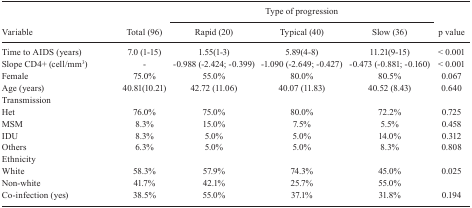
| <ROWSPAN=3> Variable | <ROWSPAN=3> Total (96) | <COLSPAN=3> Type of progression | <ROWSPAN=3> p value |
 | Rapid (20) | Typical (40) | Slow (36) |
 | --- | --- | --- | --- | --- | --- |
 | Time to AIDS (years) | 7.0 (1-15) | 1.55(1-3) | 5.89(4-8) | 11.21(9-15) | < 0.001 |
 | Slope CD4+ (cell/mm3) | - | -0.988 (-2.424; -0.399) | -1.090 (-2.649; -0.427) | -0.473 (-0.881; -0.160) | < 0.001 |
 | Female | 75.0% | 55.0% | 80.0% | 80.5% | 0.067 |
 | Age (years) | 40.81(10.21) | 42.72 (11.06) | 40.07 (11.83) | 40.52 (8.43) | 0.640 |
 | Transmission |  |  |  |  |  |
 | Het | 76.0% | 75.0% | 80.0% | 72.2% | 0.725 |
 | MSM | 8.3% | 15.0% | 7.5% | 5.5% | 0.458 |
 | IDU | 8.3% | 5.0% | 5.0% | 14.0% | 0.312 |
 | Others | 6.3% | 5.0% | 5.0% | 8.3% | 0.808 |
 | Ethnicity |  |  |  |  |  |
 | White | 58.3% | 57.9% | 74.3% | 45.0% | 0.025 |
 | Non-white | 41.7% | 42.1% | 25.7% | 55.0% |  |
 | Co-infection (yes) | 38.5% | 55.0% | 37.1% | 31.8% | 0.194 |